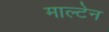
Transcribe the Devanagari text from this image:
माल्टेन